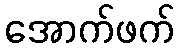
အောက်ဖက်